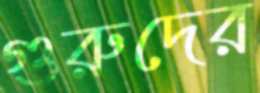
গুরুদের